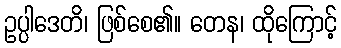
ဥပ္ပါဒေတိ၊ ဖြစ်စေ၏။ တေန၊ ထိုကြောင့်